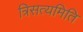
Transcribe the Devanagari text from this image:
त्रिसत्यमिति